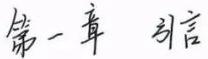
第一章 引言